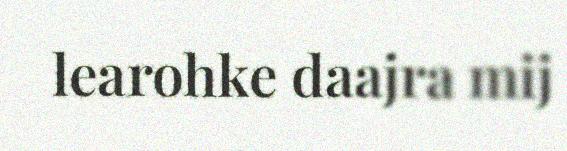
learohke daajra mij